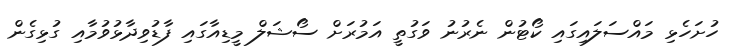
ހުށަހެޅި މައްސަލައިގައި ކޯޓުން ނެރުނު ވަގުތީ އަމުރަށް ސޯޝަލް މީޑިއާގައި ފާޑުވިދާޅުވުމާއި ގުޅިގެން